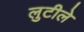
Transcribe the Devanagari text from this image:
लुटीले